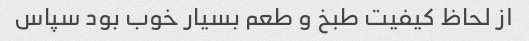
از لحاظ کیفیت طبخ و طعم بسیار خوب بود سپاس